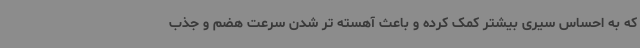
که به احساس سیری بیشتر کمک کرده و باعث آهسته تر شدن سرعت هضم و جذب